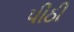
પીઠી